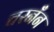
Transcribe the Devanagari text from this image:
चरनँन